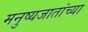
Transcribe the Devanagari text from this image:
मनुष्यजातांच्या